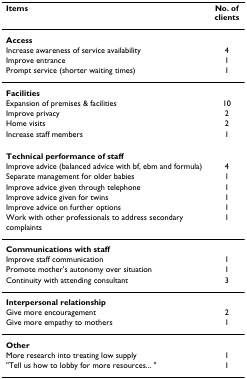
<table><thead><tr><td><b>Items</b></td><td><b>No. of clients</b></td></tr></thead><tbody><tr><td><b>Access</b></td><td></td></tr><tr><td>Increase awareness of service availability</td><td>4</td></tr><tr><td>Improve entrance</td><td>1</td></tr><tr><td>Prompt service (shorter waiting times)</td><td>1</td></tr><tr><td><b>Facilities</b></td><td></td></tr><tr><td>Expansion of premises &amp; facilities</td><td>10</td></tr><tr><td>Improve privacy</td><td>2</td></tr><tr><td>Home visits</td><td>2</td></tr><tr><td>Increase staff members</td><td>1</td></tr><tr><td><b>Technical performance of staff</b></td><td></td></tr><tr><td>Improve advice (balanced advice with bf, ebm and formula)</td><td>4</td></tr><tr><td>Separate management for older babies</td><td>1</td></tr><tr><td>Improve advice given through telephone</td><td>1</td></tr><tr><td>Improve advice given for twins</td><td>1</td></tr><tr><td>Improve advice on further options</td><td>1</td></tr><tr><td>Work with other professionals to address secondary complaints</td><td>1</td></tr><tr><td><b>Communications with staff</b></td><td></td></tr><tr><td>Improve staff communication</td><td>1</td></tr><tr><td>Promote mother&#x27;s autonomy over situation</td><td>1</td></tr><tr><td>Continuity with attending consultant</td><td>3</td></tr><tr><td><b>Interpersonal relationship</b></td><td></td></tr><tr><td>Give more encouragement</td><td>2</td></tr><tr><td>Give more empathy to mothers</td><td>1</td></tr><tr><td><b>Other</b></td><td></td></tr><tr><td>More research into treating low supply</td><td>1</td></tr><tr><td>&quot;Tell us how to lobby for more resources... &quot;</td><td>1</td></tr></tbody></table>